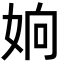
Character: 姠